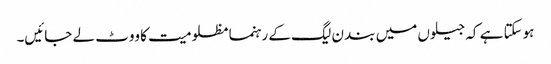
ہوسکتا ہے کہ جیلوں میں بند ن لیگ کے رہنما مظلومیت کا ووٹ لے جائیں۔